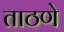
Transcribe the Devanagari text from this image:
ताठणे